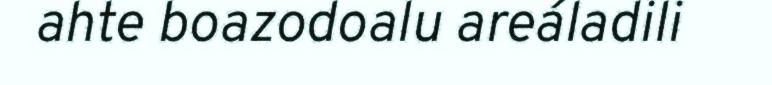
ahte boazodoalu areáladili